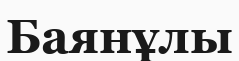
Баянұлы